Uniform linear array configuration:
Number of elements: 24
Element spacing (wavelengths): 0.75
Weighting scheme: hann
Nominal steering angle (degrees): -30
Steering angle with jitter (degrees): -31.004
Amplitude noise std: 0.05
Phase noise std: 0.05

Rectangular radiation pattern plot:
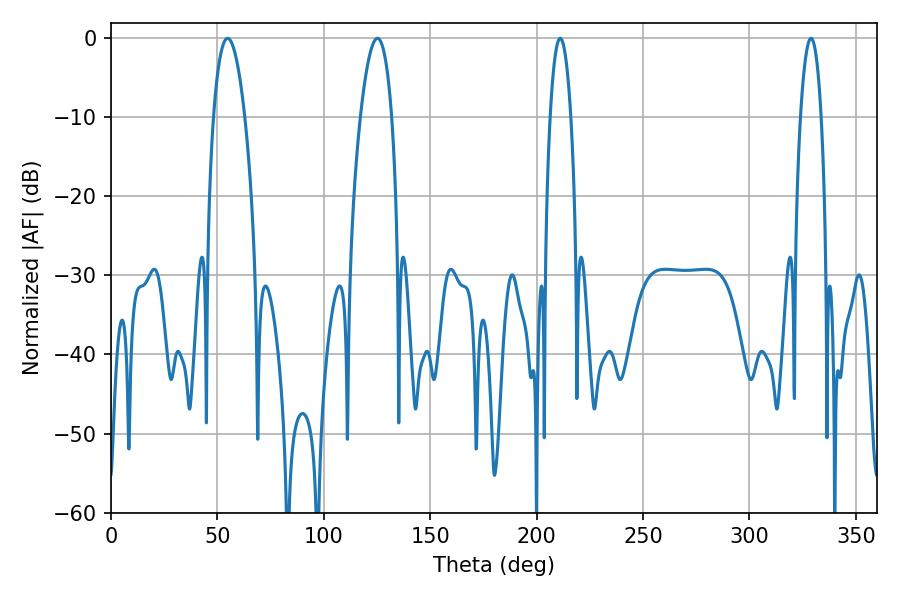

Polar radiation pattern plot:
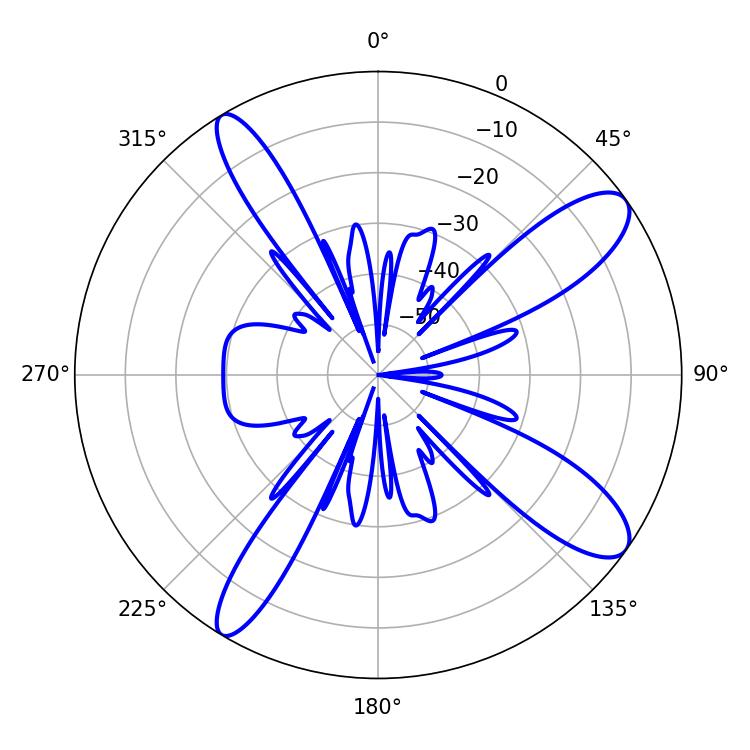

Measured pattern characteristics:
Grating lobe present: TRUE
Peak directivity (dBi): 11.413
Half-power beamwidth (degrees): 8.1
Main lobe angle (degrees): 125.28